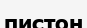
пистон